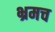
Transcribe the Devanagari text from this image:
भ्रमच